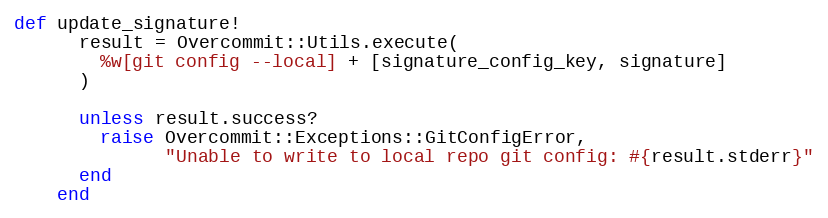
Language: Ruby
def update_signature!
      result = Overcommit::Utils.execute(
        %w[git config --local] + [signature_config_key, signature]
      )

      unless result.success?
        raise Overcommit::Exceptions::GitConfigError,
              "Unable to write to local repo git config: #{result.stderr}"
      end
    end